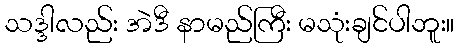
သဒ္ဒါလည်း အဲဒီ နာမည်ကြီး မသုံးချင်ပါဘူး။